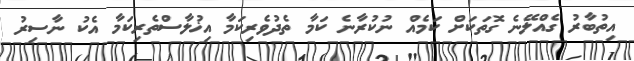
އިތުބާރު ގެއްލޭނެ ގޮތަކަށް ކަމެއް ނުކުރާނެ ކަމާ ތެދުވެރިކަމާ އިޚުލާސްތެރިކަމާ އެކު ނާސިރު